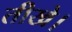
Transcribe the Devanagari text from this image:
तीखे।